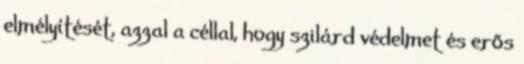
elmélyítését, azzal a céllal, hogy szilárd védelmet és erős